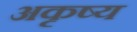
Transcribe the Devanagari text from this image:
अकृष्य